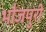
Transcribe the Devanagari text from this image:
भौजपुरी